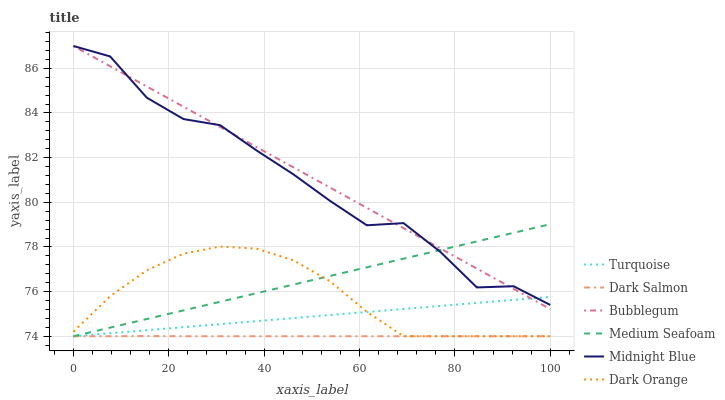
| xaxis_label | Turquoise | Dark Salmon | Bubblegum | Medium Seafoam | Midnight Blue | Dark Orange |
 | --- | --- | --- | --- | --- | --- | --- |
 | 0 | 74 | 74 | 87 | 74 | 87 | 74.2 |
 | 7.69 | 74.1 | 74 | 86.1 | 74.4 | 86.5 | 75.8 |
 | 15.4 | 74.3 | 74 | 85.2 | 74.8 | 84.7 | 77 |
 | 23.1 | 74.4 | 74 | 84.3 | 75.2 | 83.7 | 77.7 |
 | 30.8 | 74.5 | 74 | 83.4 | 75.5 | 83.5 | 78 |
 | 38.5 | 74.7 | 74 | 82.5 | 75.9 | 82.3 | 77.9 |
 | 46.2 | 74.8 | 74 | 81.6 | 76.3 | 81.2 | 77.4 |
 | 53.8 | 75 | 74 | 80.7 | 76.7 | 80.1 | 76.5 |
 | 61.5 | 75.1 | 74 | 79.7 | 77.1 | 79 | 75.1 |
 | 69.2 | 75.2 | 74 | 78.8 | 77.5 | 79.1 | 74 |
 | 76.9 | 75.4 | 74 | 77.9 | 77.9 | 77.8 | 74 |
 | 84.6 | 75.5 | 74 | 77 | 78.2 | 76.2 | 74 |
 | 92.3 | 75.6 | 74 | 76.1 | 78.6 | 76.2 | 74 |
 | 100 | 75.8 | 74 | 75.2 | 79 | 75.4 | 74 |